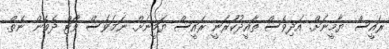
ރައީސް ޔާމީނަށް. އަދިވެސް ތާއީދުކުަރަނީ ރައީސް ޔަމީނަށް. ނަމަވެސް ވޯޓް ދެވެން ނެތް.